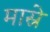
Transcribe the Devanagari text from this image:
मास्रे